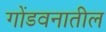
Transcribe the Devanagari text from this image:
गोंडवनातील